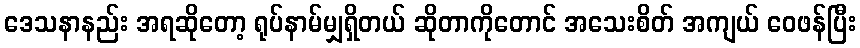
ဒေသနာနည်း အရဆိုတော့ ရုပ်နာမ်မျှရှိတယ် ဆိုတာကိုတောင် အသေးစိတ် အကျယ် ဝေဖန်ပြီး